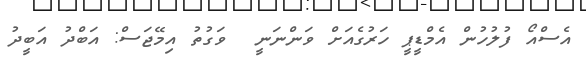
އެސްއޯ ފުލުހުން އެމްޑީޕީ ހަރުގެއަށް ވަންނަނީ  ވަގުތު އިމޭޖަސް: އަބްދު އަބީދު